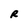
Character: R